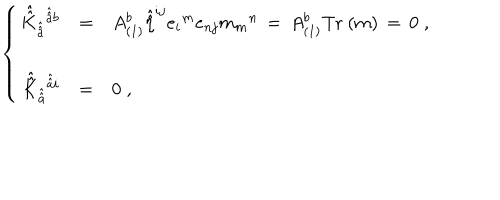
LaTeX: \left\{ \begin{array} { r c l } { { \hat { \hat { K } } _ { \hat { \hat { a } } } { } ^ { \hat { \hat { a } } b } } } & { { = } } & { { A _ { ( 1 ) } ^ { b } \hat { \hat { \eta } } ^ { i j } { e _ { i } } ^ { m } e _ { n j } { m _ { m } } ^ { n } \, = \, A _ { ( 1 ) } ^ { b } \mathrm { T r } \ ( m ) \, = \, 0 \; , } } \\ { { } } & { { } } & { { } } \\ { { \hat { \hat { K } } _ { \hat { \hat { a } } } { } ^ { \hat { \hat { a } } i } } } & { { = } } & { { 0 \; , } } \\ \end{array} \right.